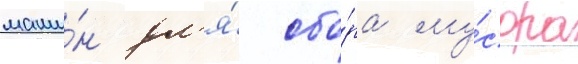
маши́н дл'я́ сбо́ра му́сора